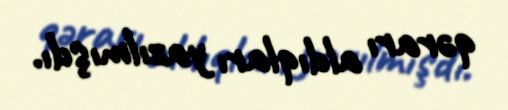
qərarı aldıqları yazılmışdı.